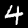
Digit: 4